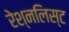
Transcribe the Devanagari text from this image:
रेश्नलिस्ट